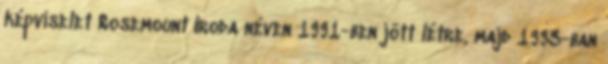
képviselet Rosemount Iroda néven 1991-ben jött létre, majd 1993-ban